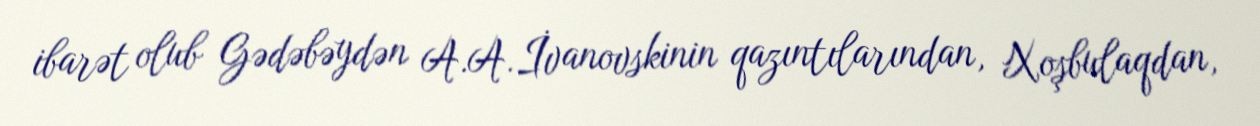
ibarət olub Gədəbəydən A.A.İvanovskinin qazıntılarından, Xoşbulaqdan,